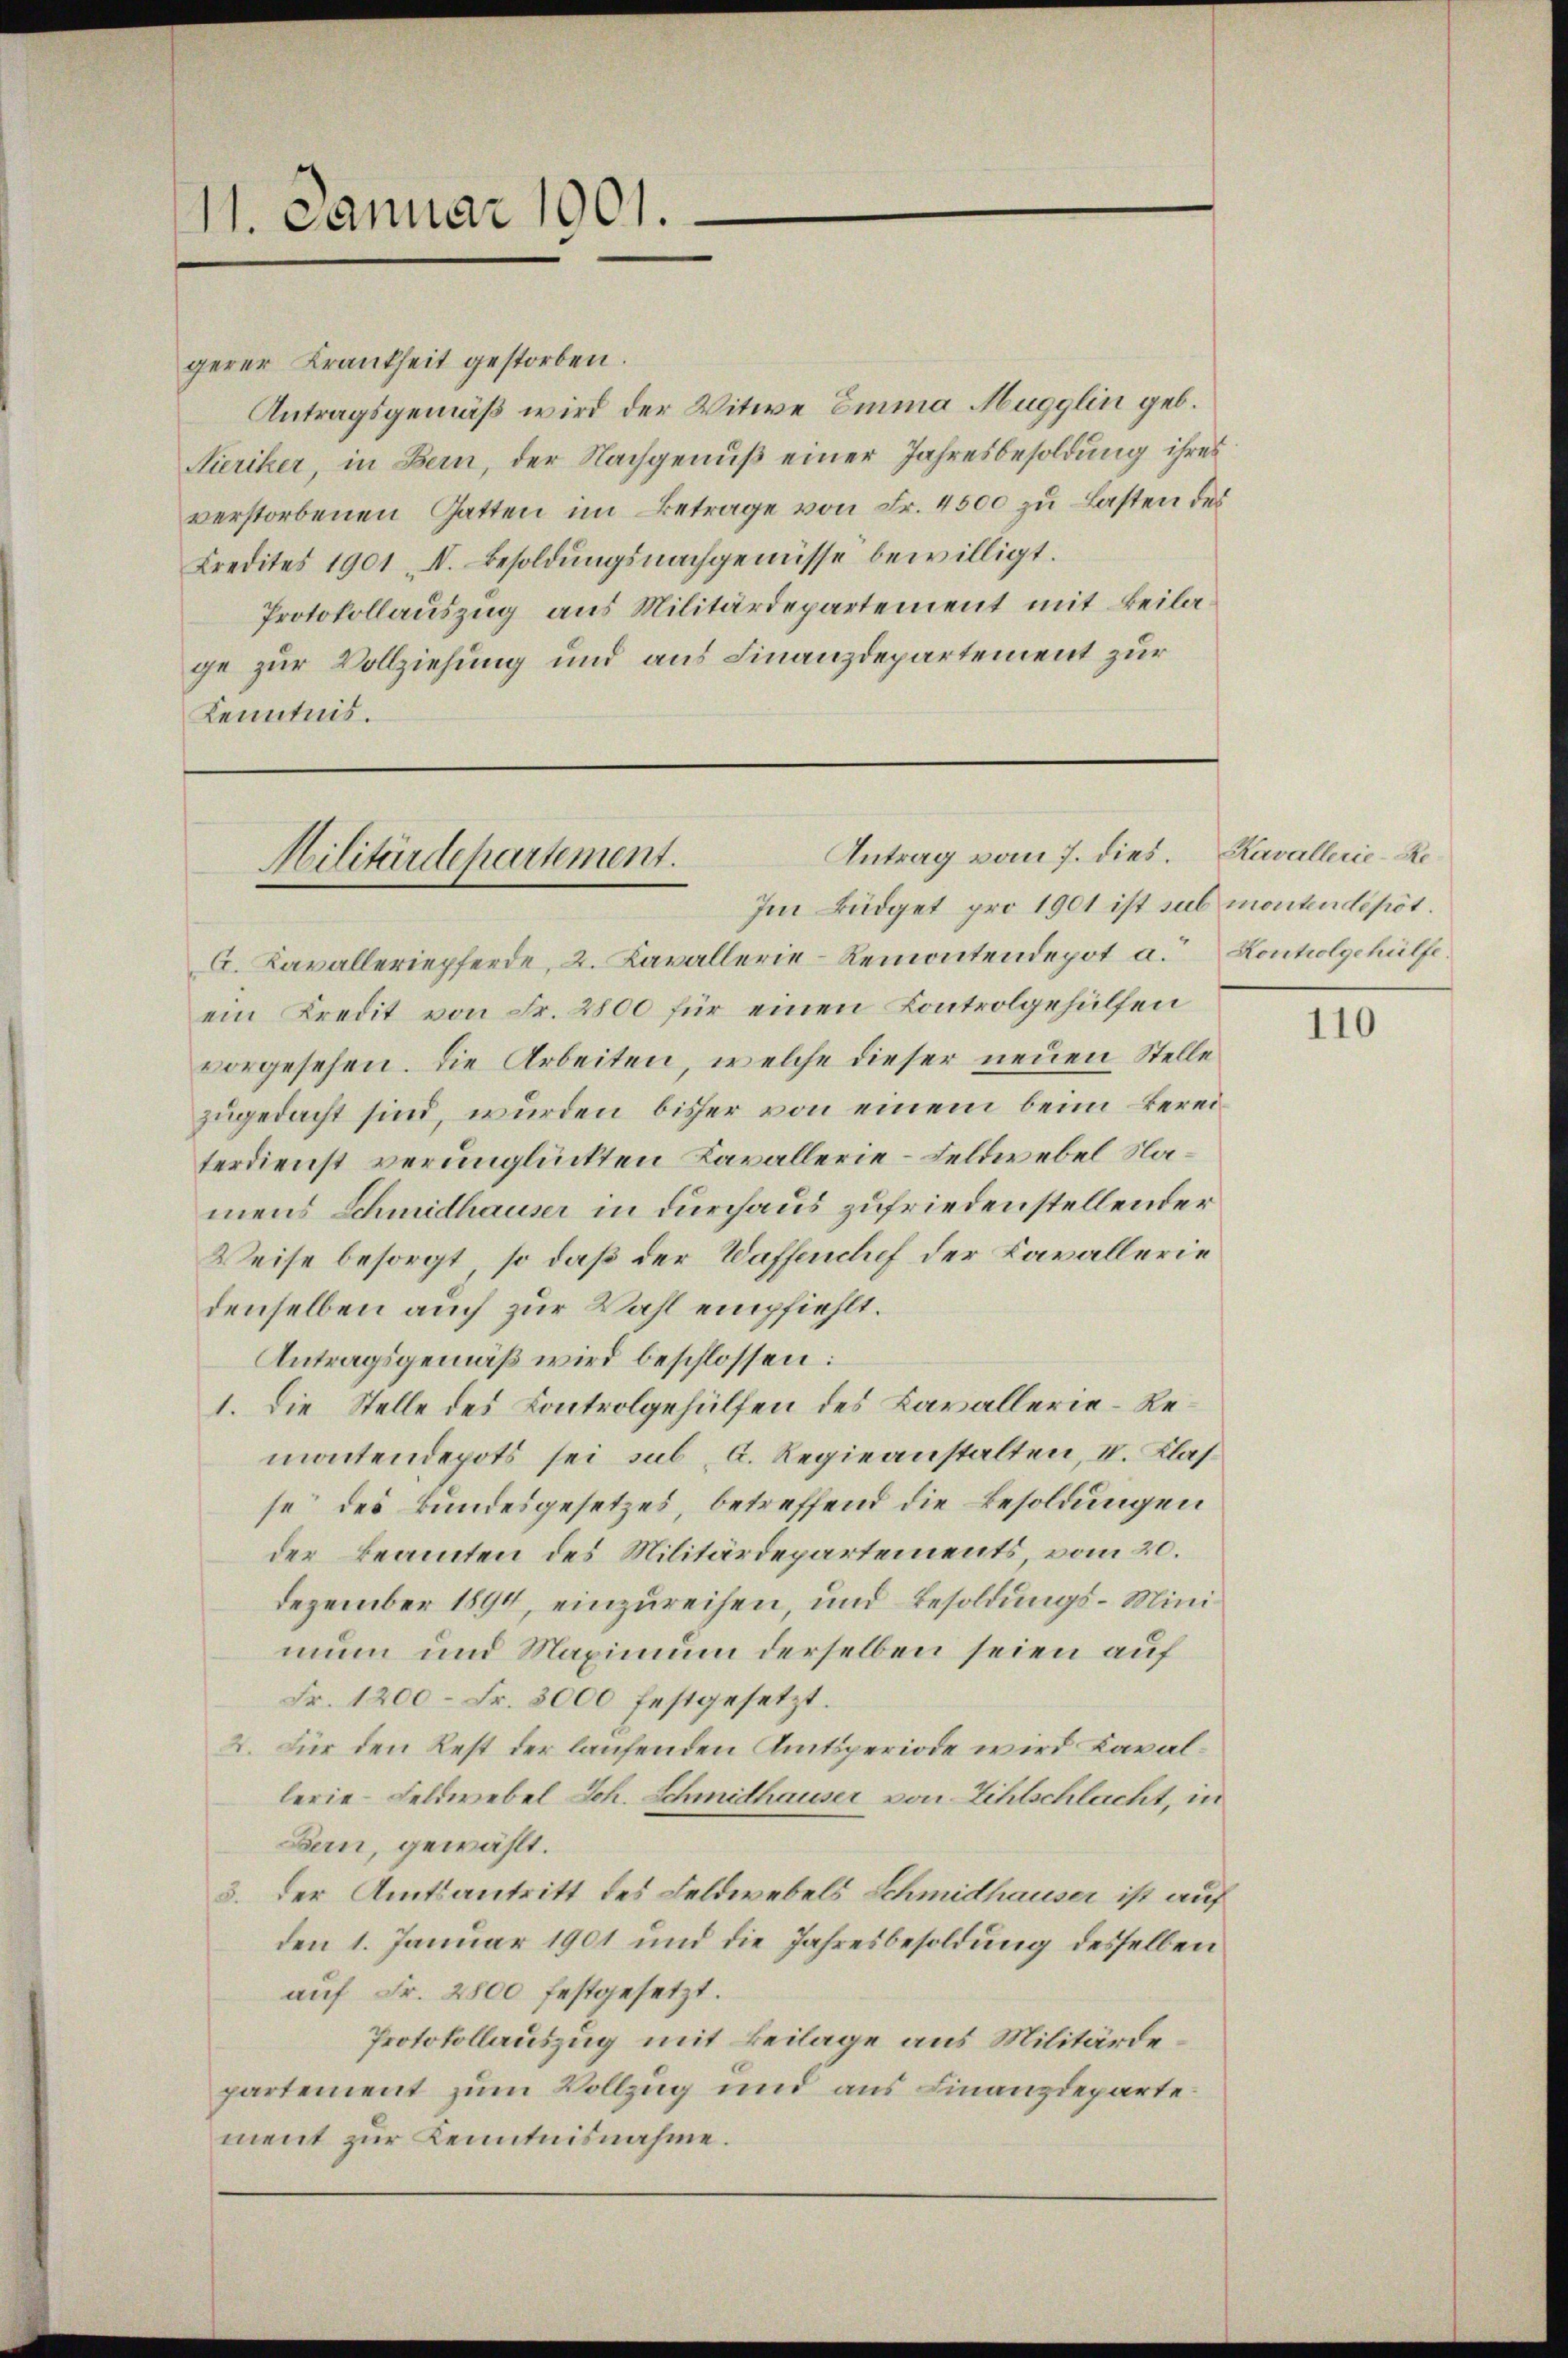
11. Januar 1901.

Antrag vom 7. dies.
Militärdepartement.
Im Büdget pro 1901 ist sub montendepot.

gerer Krankheit gestorben.
Antragsgemäß wird der Witwe Emma Mugglin geb.
Aieriker, in Bern, der Nachgenuß einer Jahresbesoldung ihres
verstorbenen Gatten im Betrage von Fr. 4500 zu Lasten des
Kredites 1901 A. Besoldŭngsnachgenüsse bewilligt.
Protokollauszug aus Militärdepartement mit Beilage zur Vollziehung und aus Finanzdepartement zur
Kenntnis.

C. Kavalleriepferde, 2. Kavallerie-Remontendepot a. Kontrolgehülfe.
ein Kredit von Fr. 2800 für einen Kontrolgehülfen
vorgesehen. Die Arbeiten, welche dieser neuen Stelle
zugedacht sind, wurden bisher von einem beim Bereiterdienst verunglückten Kavallerie-Feldwebel Namens Schmidhauser in durchaus zufriedenstellender
Weise besorgt, so daß der Waffenchef der Kavallerie
denselben auch zur Wahl empfiehlt.
Antragsgemäß wird beschlossen:
1. Die Stelle des Controlgehülfen des Kavallerie-Remontendepots sei sub A. Regieanstalten, I. Klasse“ des Bundesgesetzes, betreffend die Besoldungen
der Beamten des Militärdepartements, vom 20.
Dezember 1894, einzureihen, und Besoldungs-Minimun und Maximum derselben seien auf
Fr. 1200 - Fr. 3000 festgesetzt.
2. Für den Rest der laufenden Amtsperiode wird Kavallerie-Feldwebel Joh. Schmithauser von Zihlschlacht, in
Bern, gewählt.
3. der Amtsantritt des Feldwebels Schmidhauser ist auf
den 1. Januar 1901 und die Jahresbesoldung desselben
auf Fr. 2800 festgesetzt.
Protokollauszug mit Beilage aus Militärdepartement zum Vollzug und aus Finanzdepartement zur Kenntnisnahme.

Kavallerie-Re¬

110